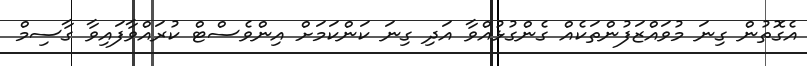
އެގޮތުން ގިނަ މުވައްޒަފުންތަކެއް ގެންގުޅުއްވާ އަދި ގިނަ ކަންކަމަށް އިންވެސްޓް ކުރައްވާފައިވާ ގާސިމް